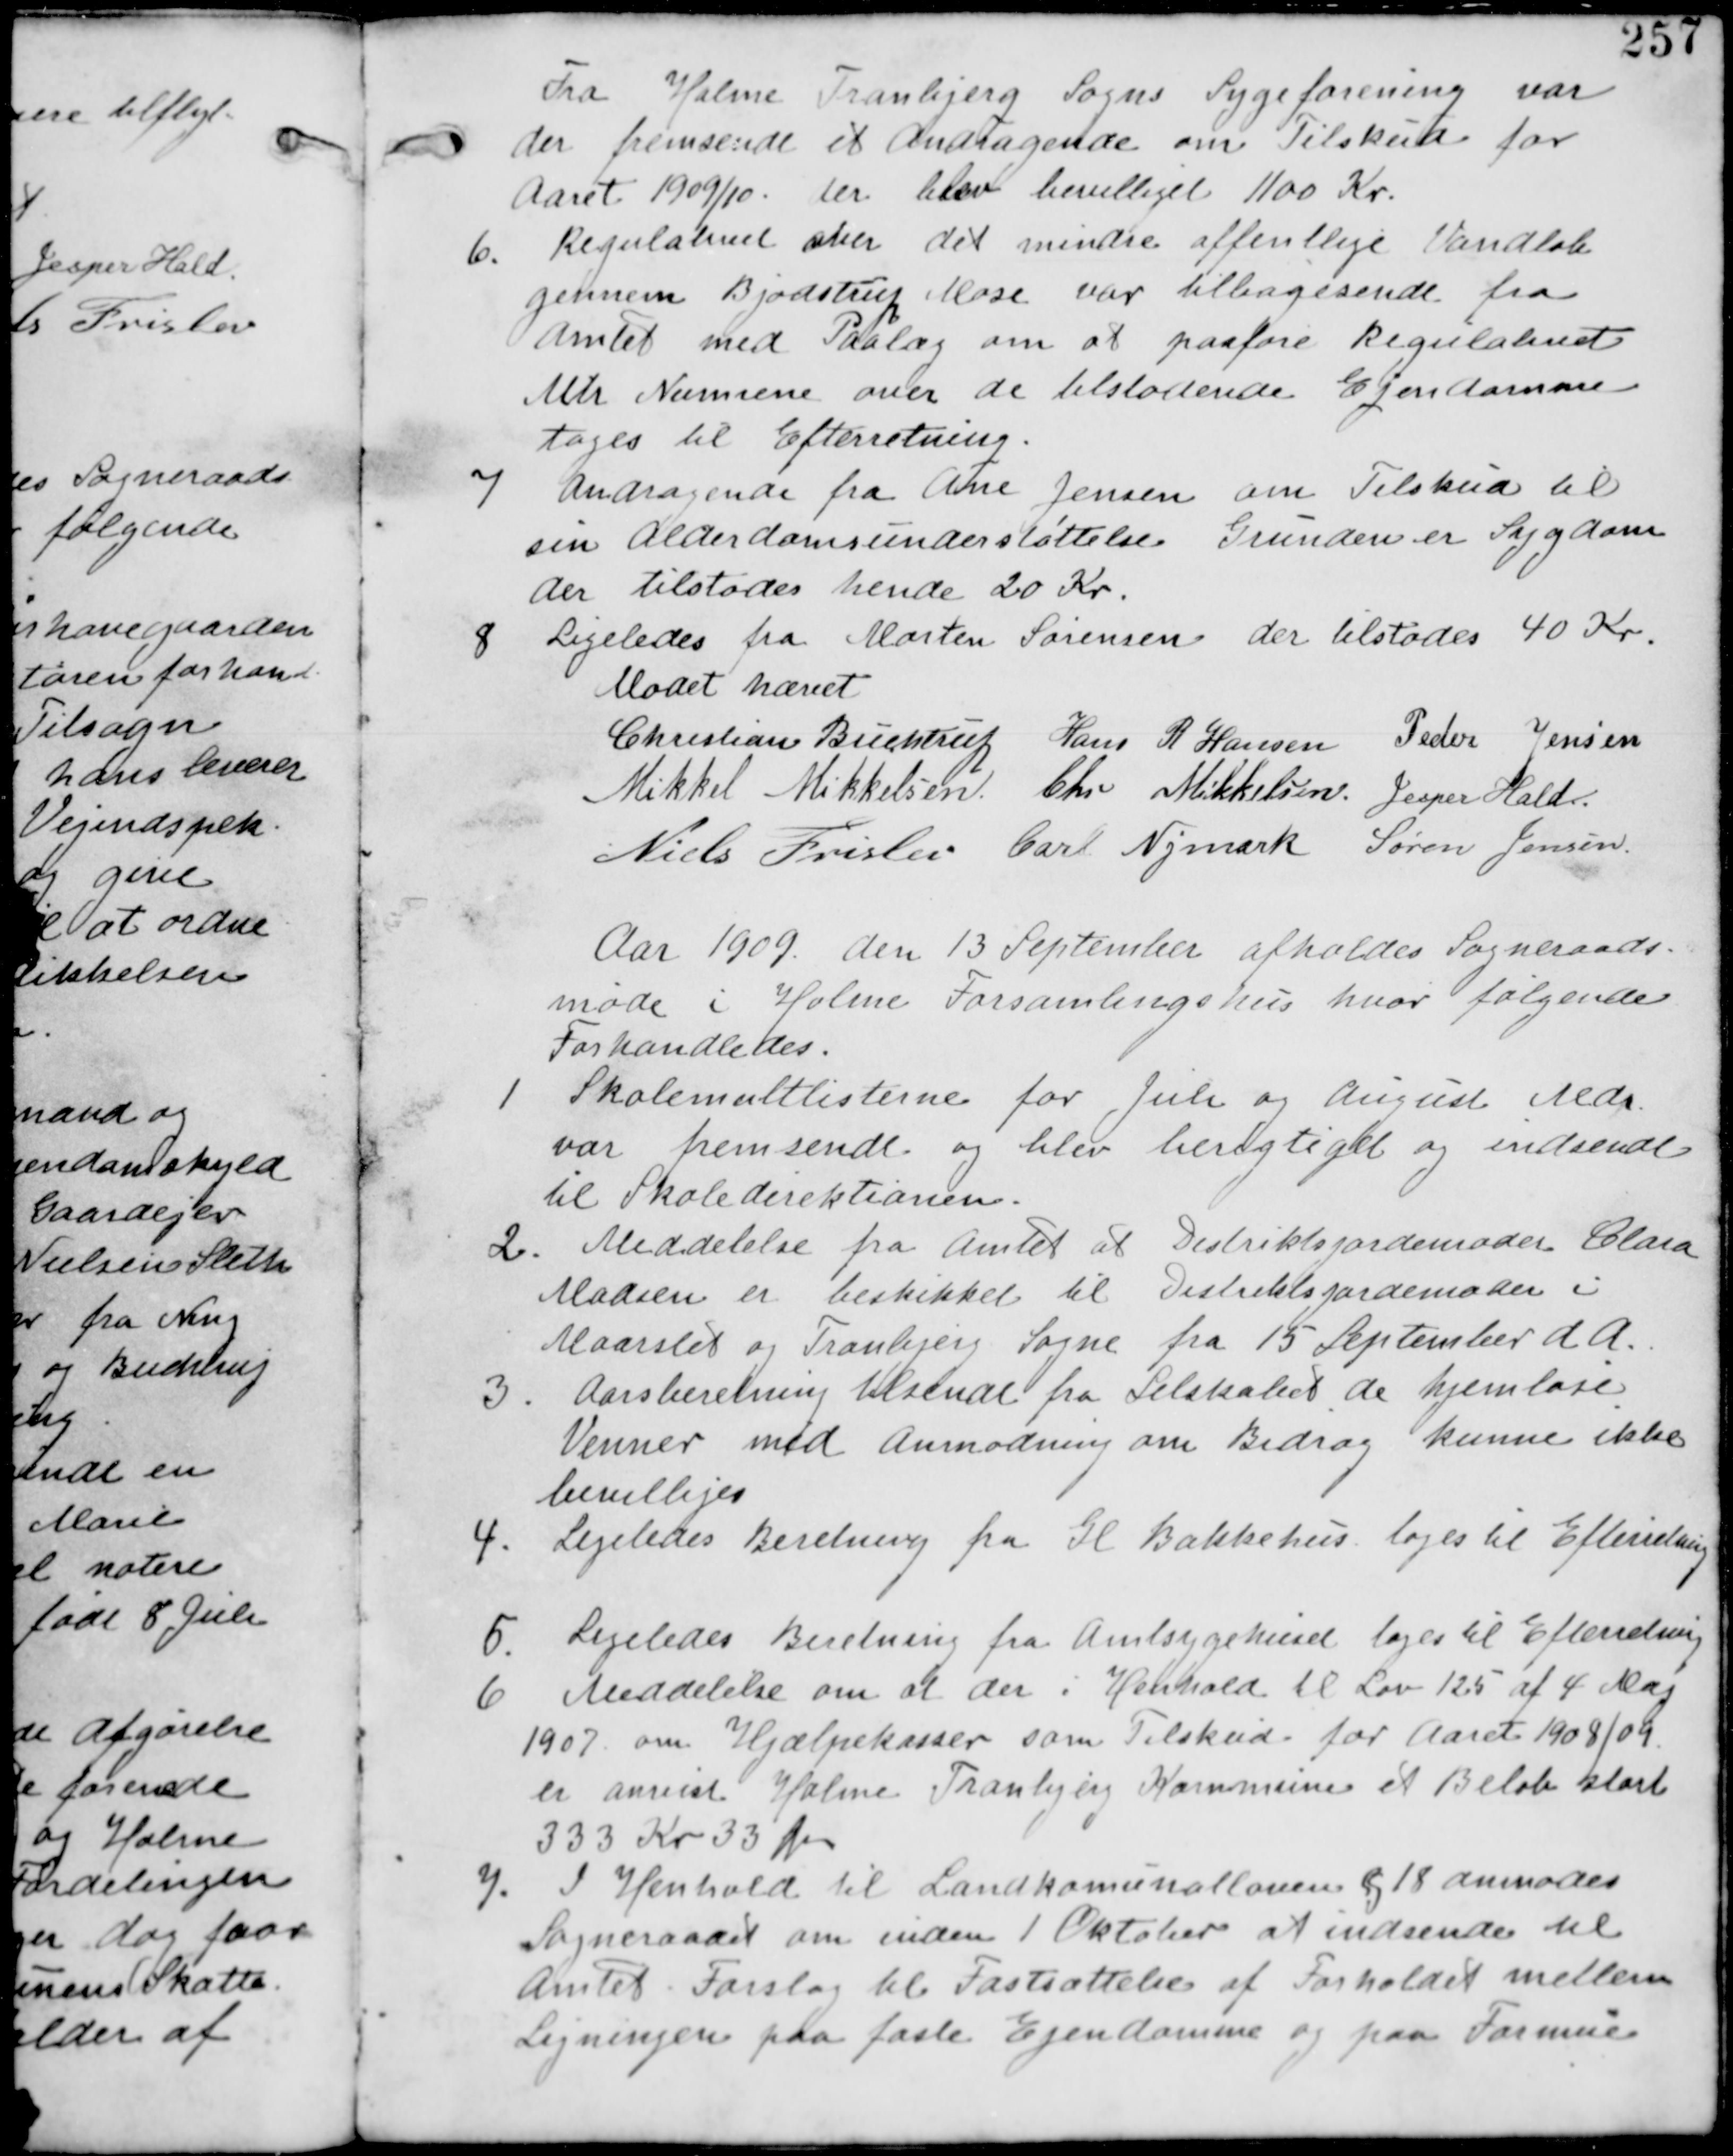
Transskription:
Fra Holme Tranbjerg Sogns Sygeforening var
der fremsendt et Andragende om Tilskud for
Aaret 1909/10. der blev bevilliget 1100 Kr.

6. Regulativet over det mindre offentlige Vandløb
gjennem Bjødstrup Mose var tilbagesendt fra
Amtet med Paalæg om at paaføre Regulativet
Mtr Numrene over de tilstødende Ejendomme
tages til Efterretning.

7 Andragende fra Ane Jensen om Tilskud til
sin Alderdomsunderstøttelse Grunden er Sygdom
der tilstodes hende 20 Kr

8 Ligeledes fra Morten Sørensen der tilstodes 40 Kr

Mødet hævet
Christian Buchtrup Hans R Hansen Peder Jensen
Mikkel Mikkelsen Jesper Hald
Niels Frislev Carl Nymark Søren Jensen

Aar 1909 den 13 September afholdes Sogneraads
møde i Holme Forsamlingshus hvor følgende
Forhandledes

1
Skolemultlisterne for Juli og August Mdr
var fremsendt og blev berigtiget og indsendt
til Skoledirektionen.

2. Meddelelse fra Amtet at Distriktjordemoder Clara
Madsen er beskikket til Distriktjordemoder i
Maarslet og Tranbjerg Sogne fra 15 September d. A.

3. Aarsberetning tilsendt fra Selskabet de hjemløse
Venner med Anmodning om Bidrag kunne ikke
bevilliges

4. Ligeledes Beretning fra Gl Bakkehus tages til Efterretning

5. Ligeledes Beretning fra Amtsygehuset tages til Efterretning

6 Meddelelse om at der i Henhold til Lov 125 af 4. Maj
1907 om Hjælpekasser som Tilskud for Aaret 1908/09
er anvist Holme Tranbjerg Kommune et Beløb stort
333 Kr 33 Øre

7. I Henhold til Landkommunalloven §18 anmodes
Sogneraadet om inden 1 Oktober at indsende til
Amtet Forslag til Fastsættelse af Forholdet mellem
Ligningen paa faste Ejendomme og paa Formuer